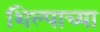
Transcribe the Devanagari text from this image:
शिल्पाच्या